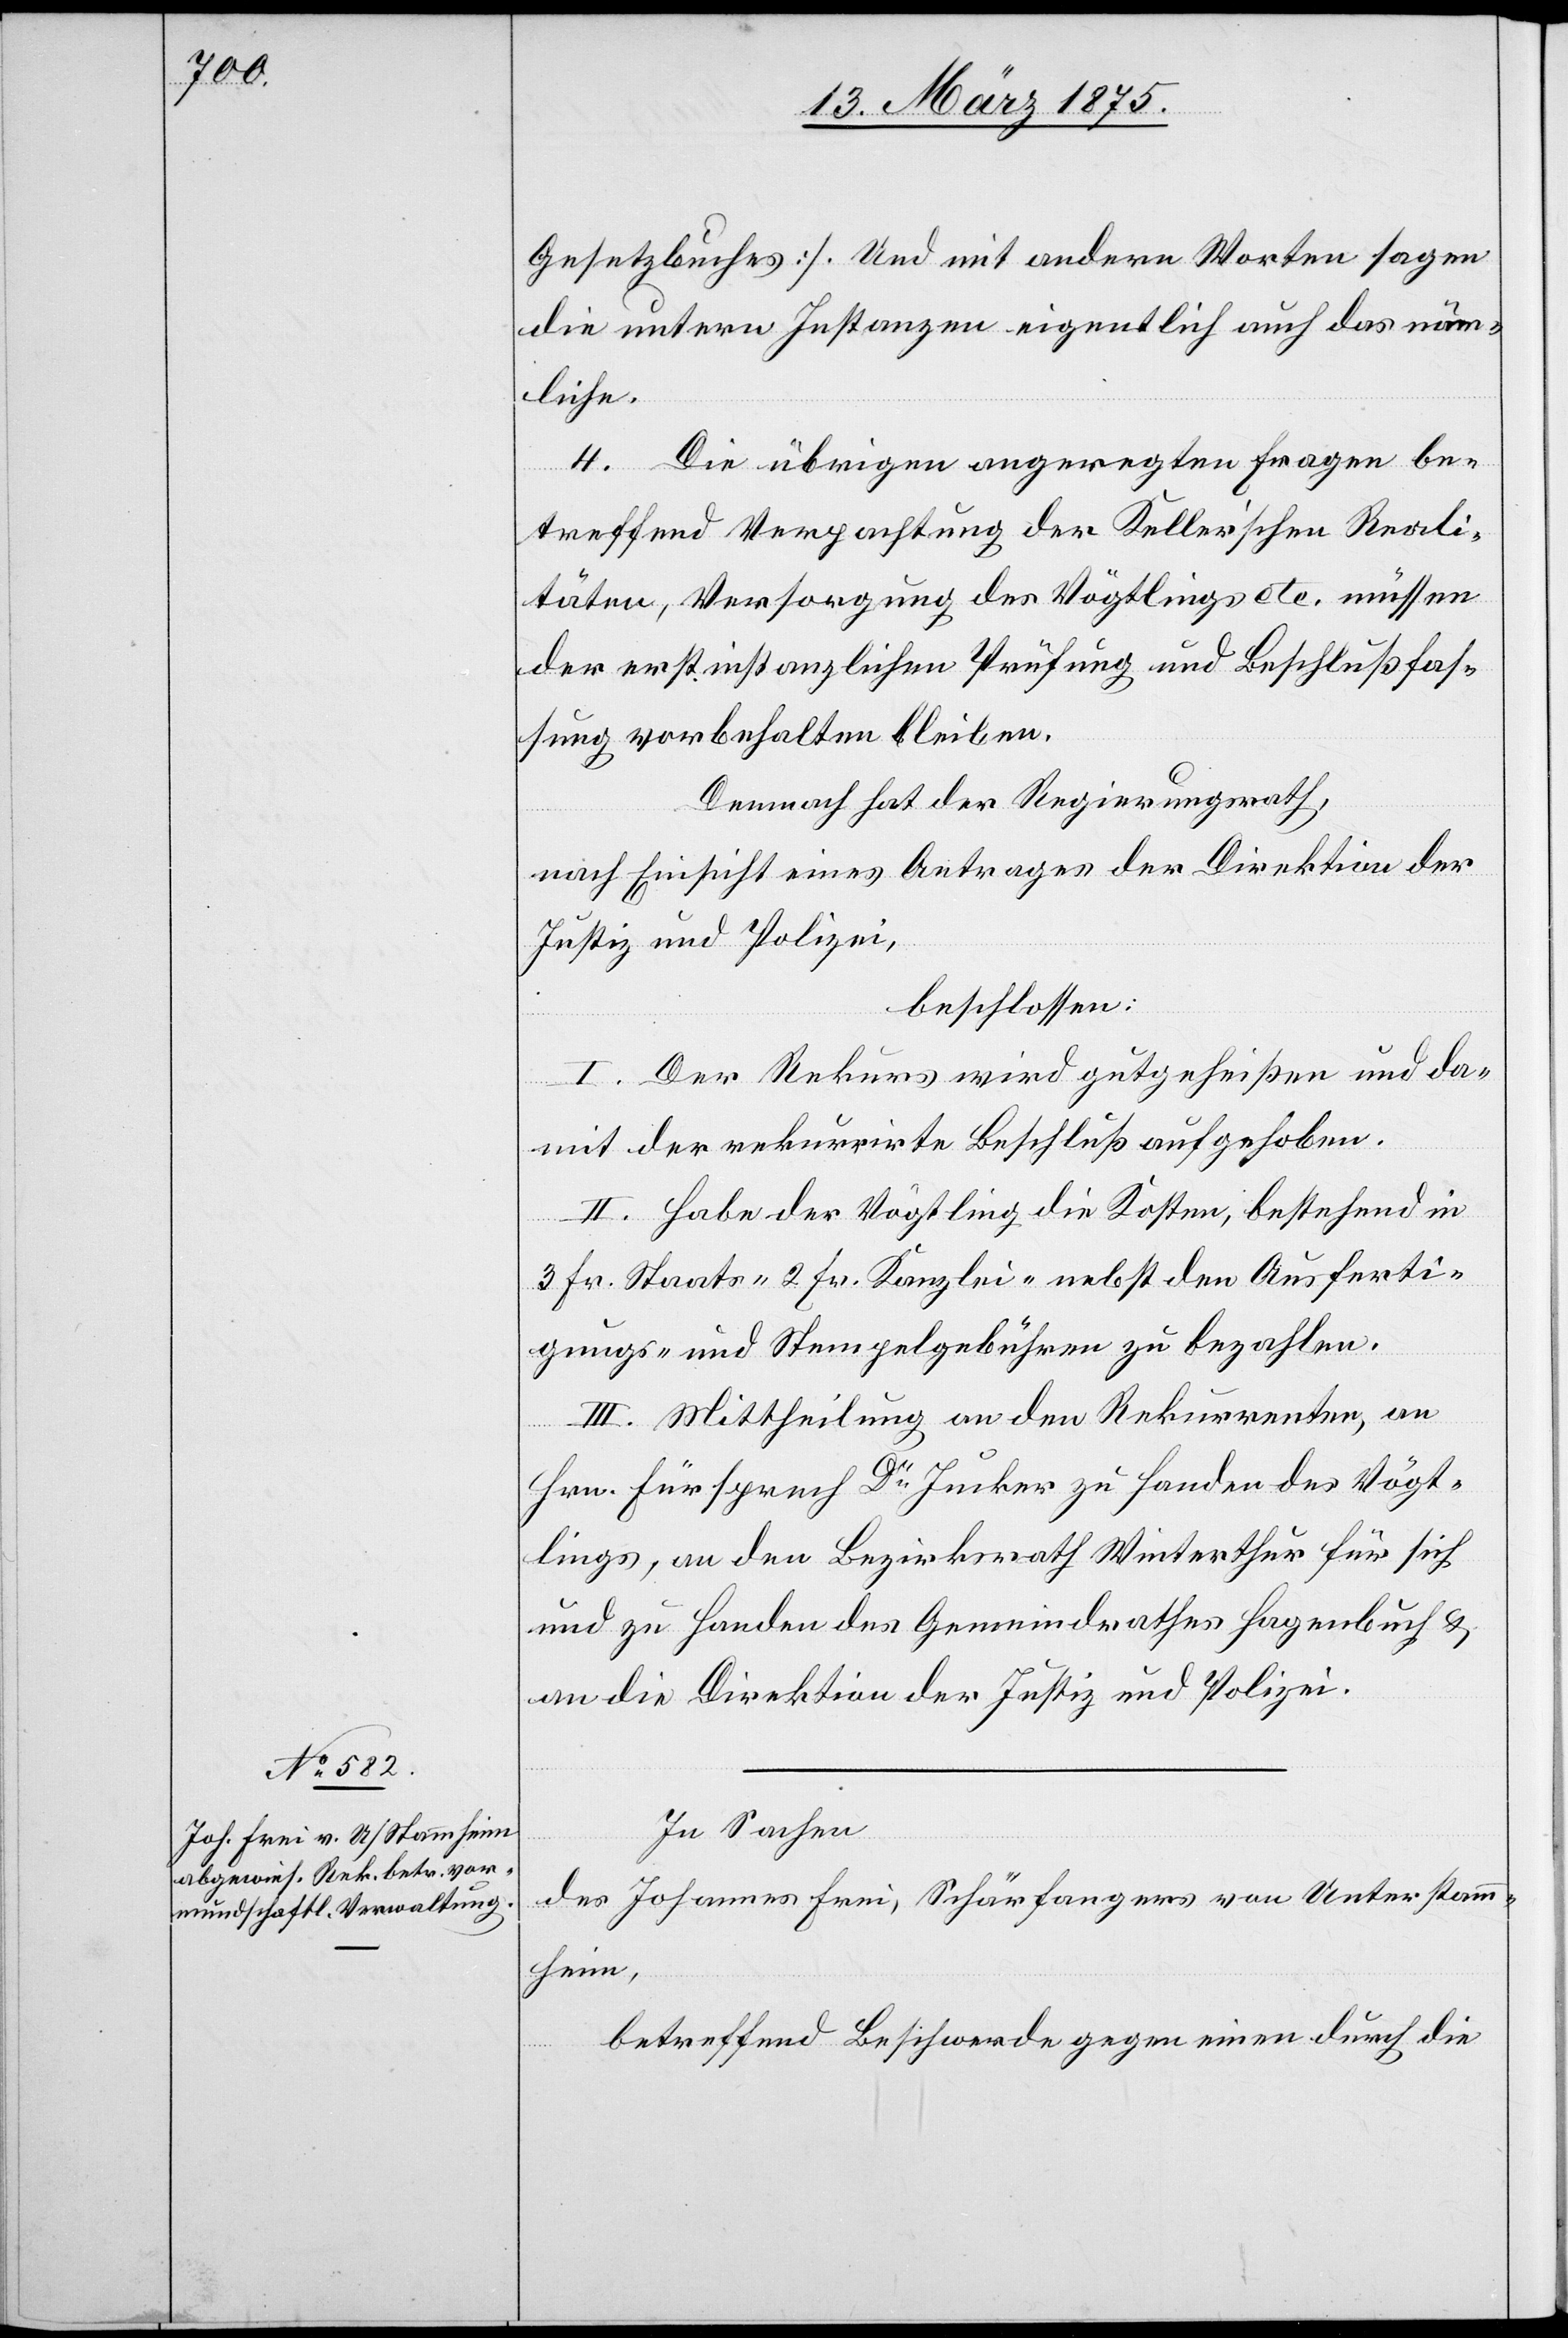
In Sachen
des Johannes Frei, Schärfangers von Unterstamm¬
heim,
betreffend Beschwerde gegen einen durch die